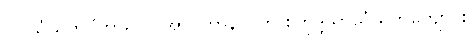
၁။ သံဃိကဝိဟာရ = အာဂတာနာဂတ စတုဒ္ဒိသာသံဃိကကျောင်း၊